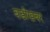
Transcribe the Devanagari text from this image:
बडीखबर